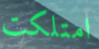
امتلكت